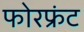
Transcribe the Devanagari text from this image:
फोरफ्रंट